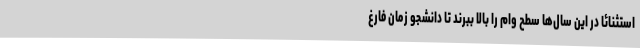
استثنائا در این سال‌ها سطح وام را بالا ببرند تا دانشجو زمان فارغ‌